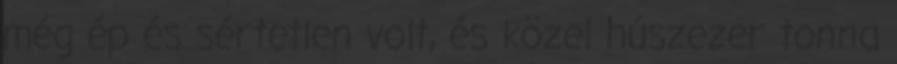
még ép és sértetlen volt, és közel húszezer tonna